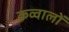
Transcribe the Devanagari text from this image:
कव्वालों